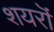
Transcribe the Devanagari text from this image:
शयरॊं